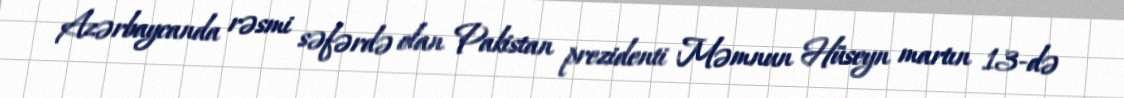
Azərbaycanda rəsmi səfərdə olan Pakistan prezidenti Məmnun Hüseyn martın 13-də